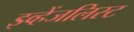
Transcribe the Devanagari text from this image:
इव्हेंजलिस्ट